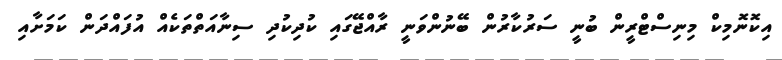
އިކޮނޮމިކް މިނިސްޓްރީން ބުނީ ސަރުކާރުން ބޭނުންވަނީ ރާއްޖޭގައި ކުދިކުދި ސިނާއަތްތަކެއް އުފައްދަން ކަމަށާއި